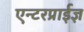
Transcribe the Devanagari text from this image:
एन्टरप्राईज्ञ